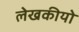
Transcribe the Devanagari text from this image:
लेखकीयो